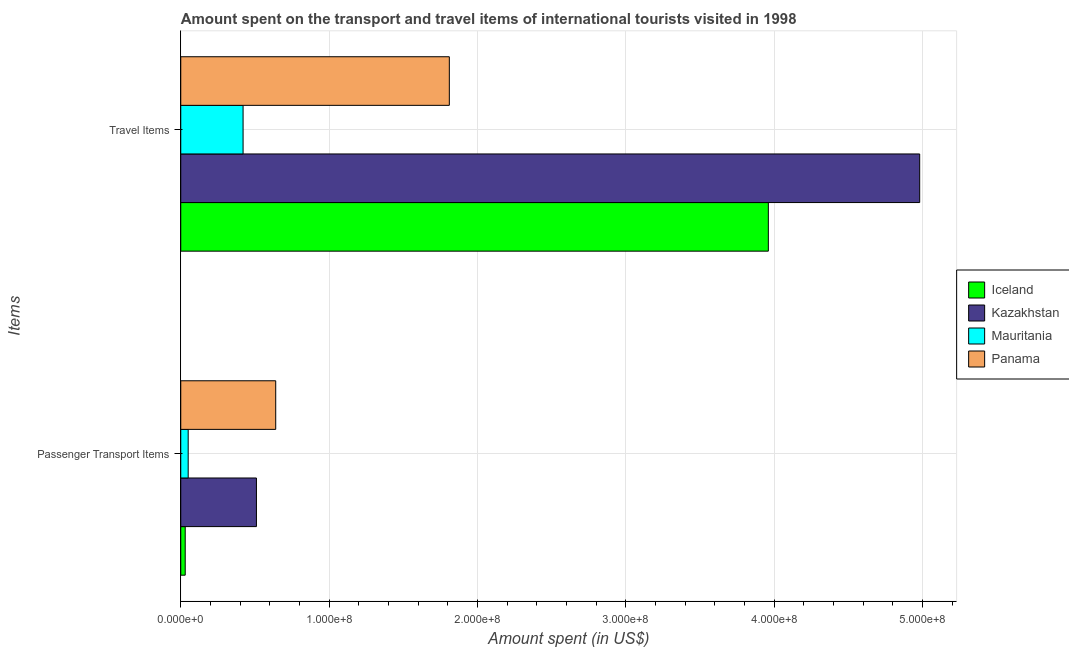
| Items | Iceland | Kazakhstan | Mauritania | Panama |
 | --- | --- | --- | --- | --- |
 | Passenger Transport Items | 3e+06 | 5.1e+07 | 5e+06 | 6.4e+07 |
 | Travel Items | 3.96e+08 | 4.98e+08 | 4.2e+07 | 1.81e+08 |